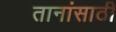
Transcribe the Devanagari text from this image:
तानांसाठी